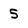
Character: 5